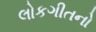
લોકગીતનો